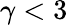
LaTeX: \gamma<3